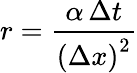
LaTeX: r={\frac{\alpha\, \Delta t}{\left(\Delta x\right)^{2}}}